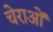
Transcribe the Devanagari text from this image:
चेराओं